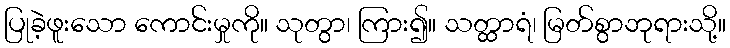
ပြုခဲ့ဖူးသော ကောင်းမှုကို။ သုတွာ၊ ကြား၍။ သတ္ထာရံ၊ မြတ်စွာဘုရားသို့။